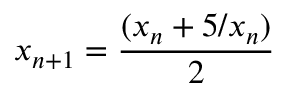
x _ { n + 1 } = { \frac { ( x _ { n } + 5 / x _ { n } ) } { 2 } }